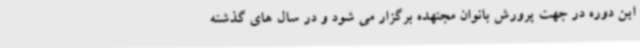
این دوره در جهت پرورش بانوان مجتهده برگزار می شود و در سال های گذشته